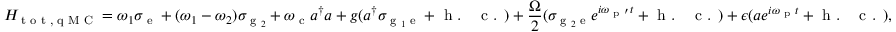
H _ { \textrm { t o t , q M C } } = \omega _ { 1 } \sigma _ { \textrm { e } } + ( \omega _ { 1 } - \omega _ { 2 } ) \sigma _ { \textrm { g } _ { 2 } } + \omega _ { \textrm { c } } a ^ { \dagger } a + g ( a ^ { \dagger } \sigma _ { \textrm { g } _ { 1 } \textrm { e } } + \textrm { h . ~ c . } ) + \frac { \Omega } { 2 } ( \sigma _ { \textrm { g } _ { 2 } \textrm { e } } e ^ { i \omega _ { \textrm { p } \mathrm { ' } } t } + \textrm { h . ~ c . } ) + \epsilon ( a e ^ { i \omega _ { \textrm { p } } t } + \textrm { h . ~ c . } ) ,